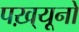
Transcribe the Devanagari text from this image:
पख़्यूनों